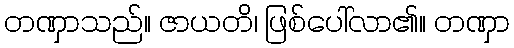
တဏှာသည်။ ဇာယတိ၊ ဖြစ်ပေါ်လာ၏။ တဏှာ